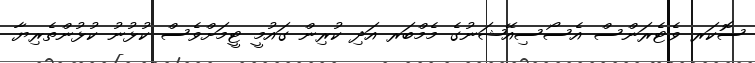
ސޮކަރ ވެޓެރަންސް އެސޯސިއޭޝަނުގެ މެމްބަރ އަދި ކުރިން ގައުމީ ޓީމަށްވެސް ކުޅުނު ކުޅުންތެރިޔާ